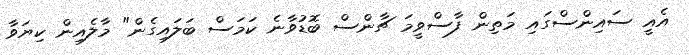
އެއީ ސައިންސްގައި މަތިން ފާސްވީމަ ޗާންސް ބޮޑުވާނެ ކަމަސް ބަލައިގެން" މާލެއިން ކިޔަވާ